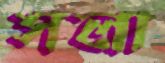
সলা